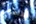
سانتوس